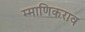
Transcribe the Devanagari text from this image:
म्माणिकराव